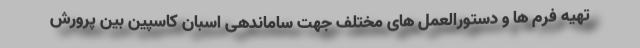
تهیه فرم ها و دستورالعمل های مختلف جهت ساماندهی اسبان کاسپین بین پرورش